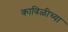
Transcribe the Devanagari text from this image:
काविळीच्या